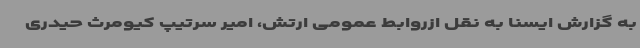
به گزارش ایسنا به نقل ازروابط عمومی ارتش، امیر سرتیپ کیومرث حیدری